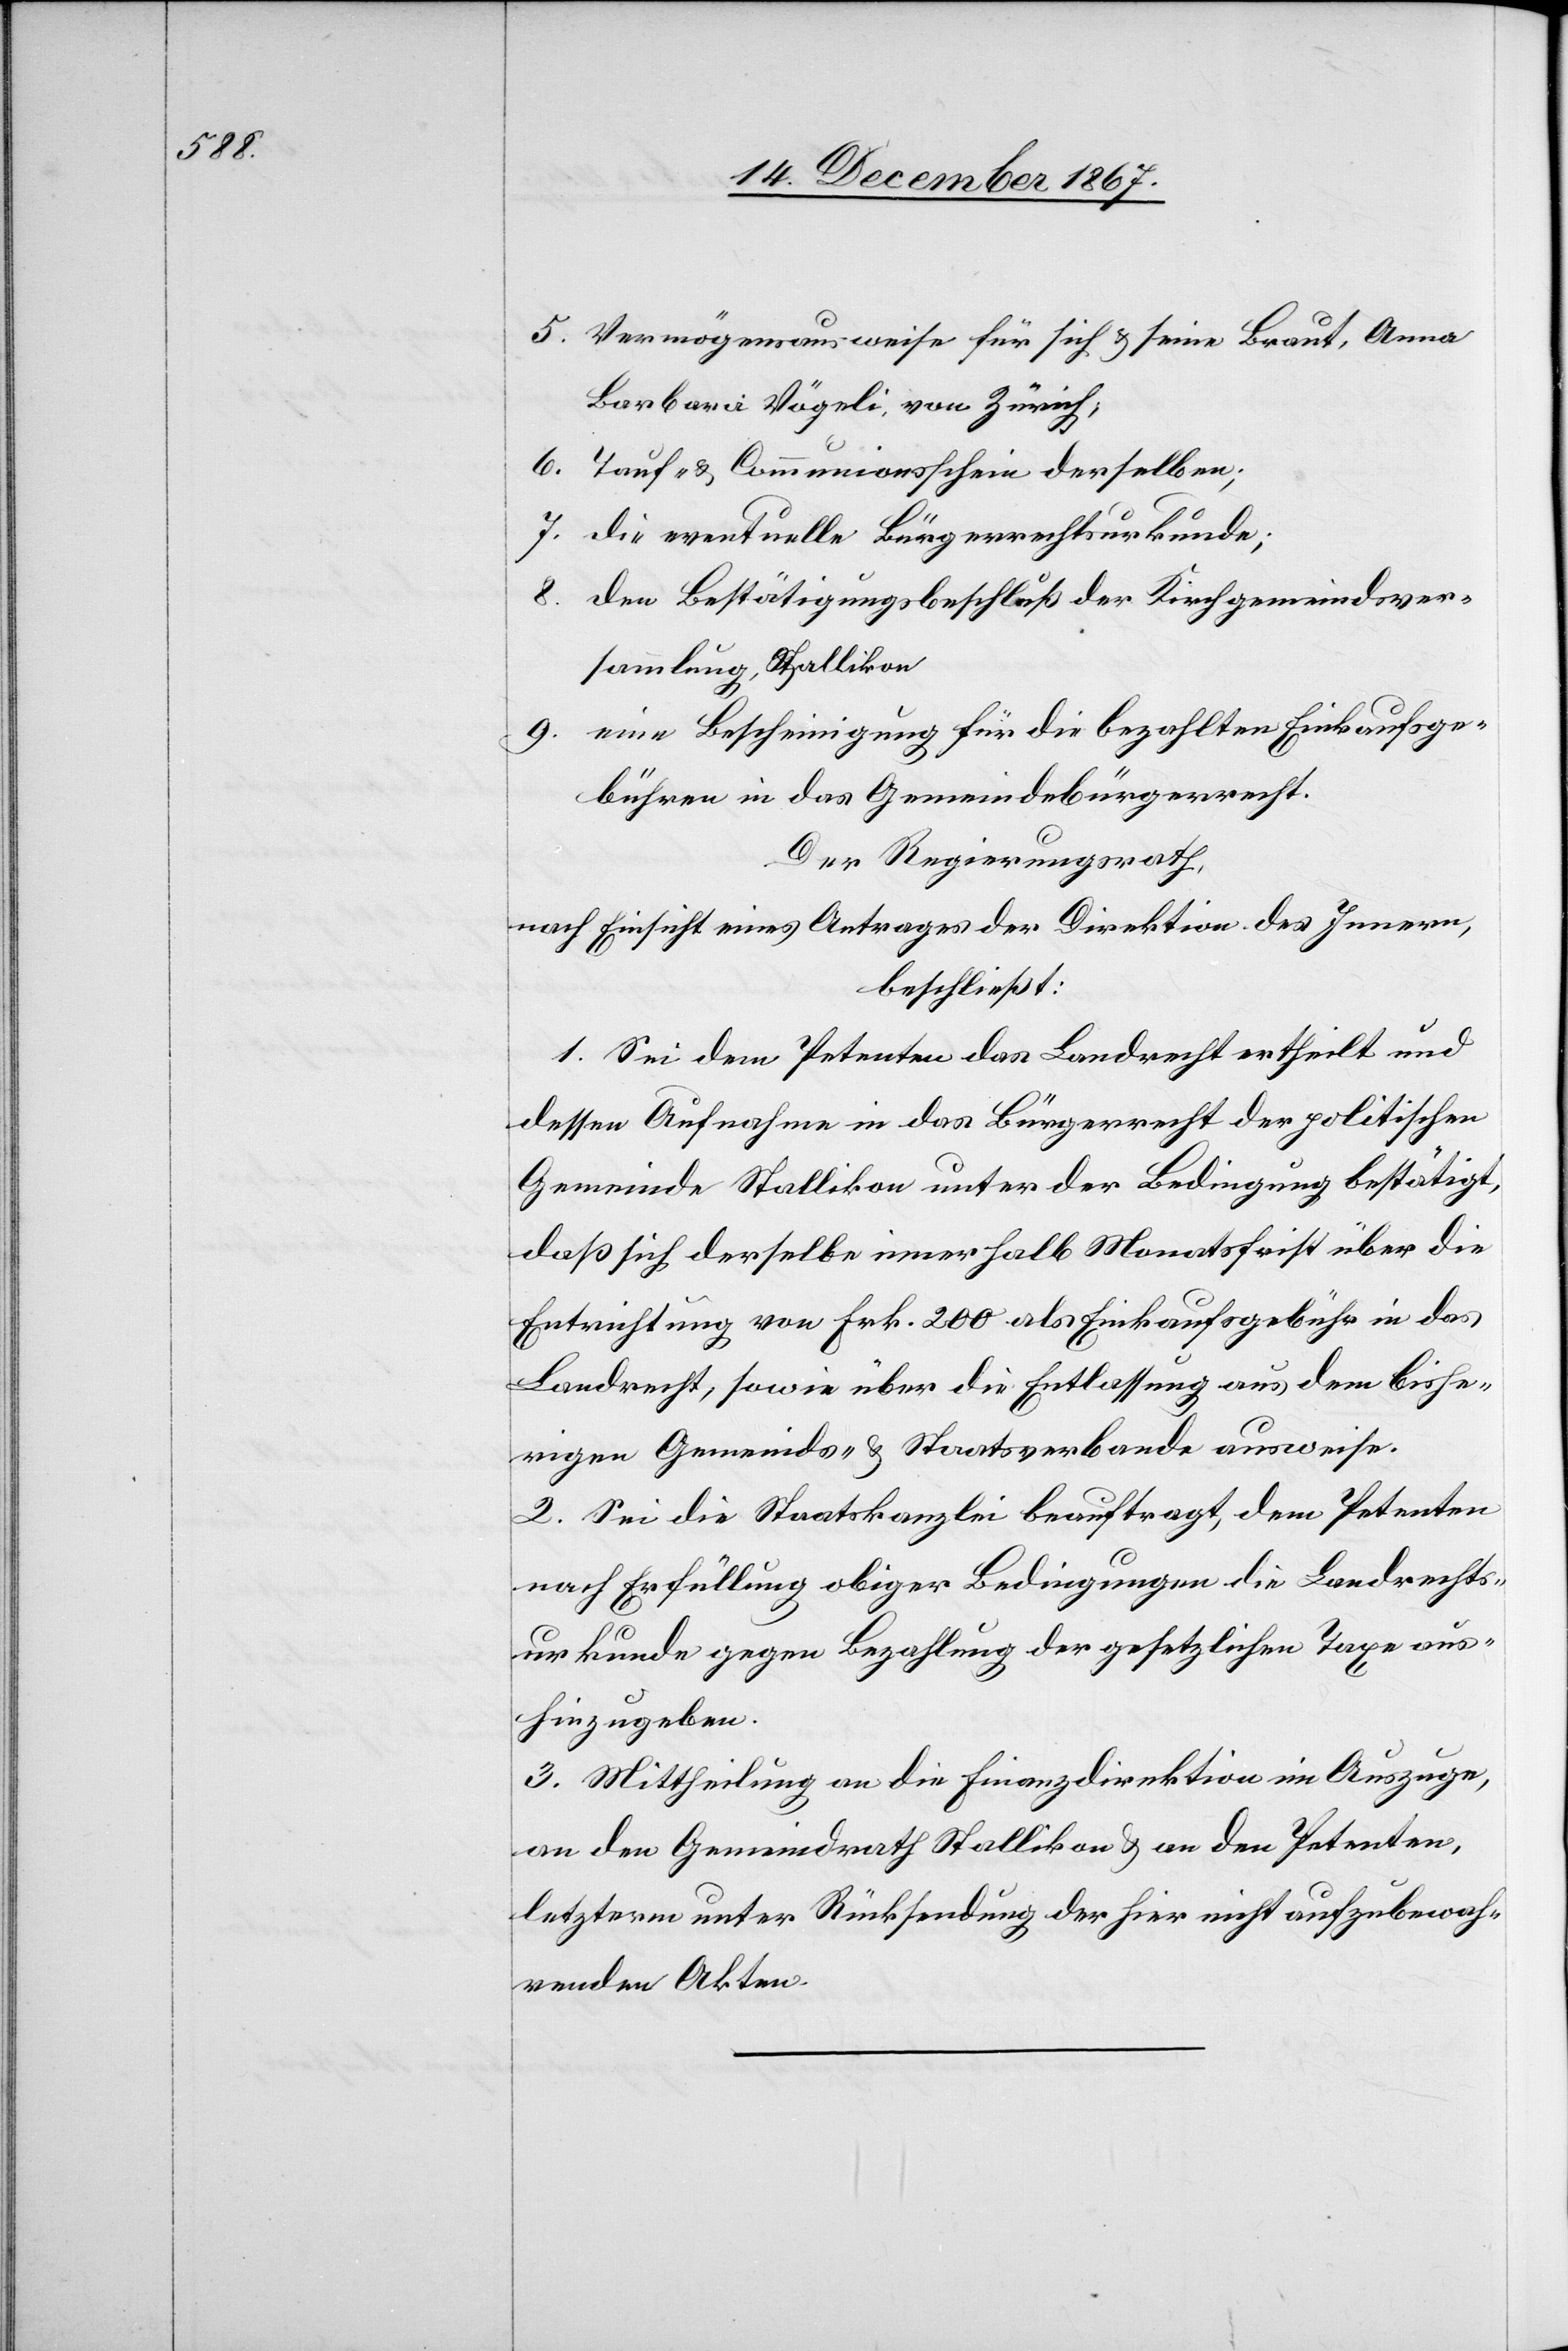
5. Vermögensausweise für sich u. seine Braut, Anna
Barbara Vögeli, von Zürich;
6. Tauf- u. Communionsschein derselben;
7. die eventuelle Bürgerrechtsurkunde;
8. der Bestätigungsbeschluß der Kirchgemeindsver¬
sammlung Stallikon
9. eine Bescheinigung für die bezahlten Einkaufsge¬
bühren in das Gemeindebürgerrecht.
Der Regierungsrath,
nach Einsicht eines Antrages der Direktion des Innern,
beschließt:
1. Sei dem Petenten das Landrecht ertheilt und
dessen Aufnahme in das Bürgerrecht der politischen
Gemeinde Stallikon unter der Bedingung bestätigt,
daß sich derselbe innerhalb Monatsfrist über die
Entrichtung von Frk. 200 als Einkaufsgebühr in das
Landrecht, sowie über die Entlassung aus dem bishe¬
rigen Gemeinds- u. Staatsverbande ausweise.
2. Sei die Staatskanzlei beauftragt, dem Petenten
nach Erfüllung obiger Bedingungen die Landrechts¬
urkunde gegen Bezahlung der gesetzlichen Taxe aus¬
hinzugeben.
3. Mittheilung an die Finanzdirektion im Auszuge,
an den Gemeindrath Stallikon u. an den Petenten,
letzterm unter Rücksendung der hier nicht aufzubewah¬
renden Akten.